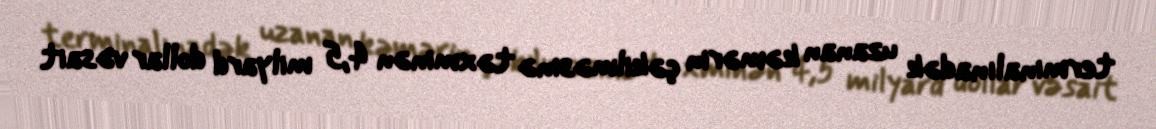
terminalınadək uzanan kəmərin çəkilməsinə təxminən 4,5 milyard dollar vəsait